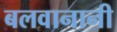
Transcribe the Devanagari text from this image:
बलवानानी